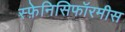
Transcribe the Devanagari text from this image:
स्फ़ेनिसिफॉरमीस